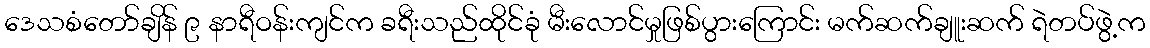
ဒေသစံတော်ချိန် ၉ နာရီဝန်းကျင်က ခရီးသည်ထိုင်ခုံ မီးလောင်မှုဖြစ်ပွားကြောင်း မက်ဆက်ချူးဆက် ရဲတပ်ဖွဲ့က